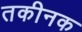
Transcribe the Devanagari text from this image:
तकीनक